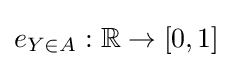
e_{Y\in A}:\mathbb {R} \to [0,1]